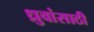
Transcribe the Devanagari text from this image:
ध्रुवांसाठी